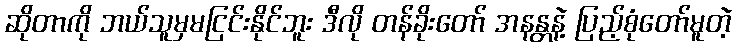
ဆိုတာကို ဘယ်သူမှမငြင်းနိုင်ဘူး ဒီလို တန်ခိုးတော် အနန္တနဲ့ ပြည့်စုံတော်မူတဲ့